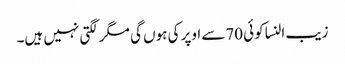
زیب النسا کوئی 70سے اوپر کی ہوں گی مگر لگتی نہیں ہیں۔